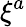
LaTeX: \xi^{a}